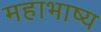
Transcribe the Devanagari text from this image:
महाभाष्‍य